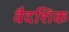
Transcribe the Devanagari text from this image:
वैदशिक